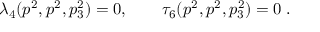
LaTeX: \lambda _ { 4 } ( p ^ { 2 } , p ^ { 2 } , p _ { 3 } ^ { 2 } ) = 0 , \qquad \tau _ { 6 } ( p ^ { 2 } , p ^ { 2 } , p _ { 3 } ^ { 2 } ) = 0 \; .